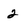
Character: 2